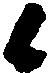
候